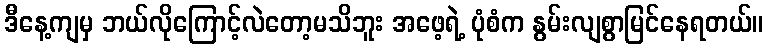
ဒီနေ့ကျမှ ဘယ်လိုကြောင့်လဲတော့မသိဘူး အဖေ့ရဲ့ ပုံစံက နွမ်းလျစွာမြင်နေရတယ်။